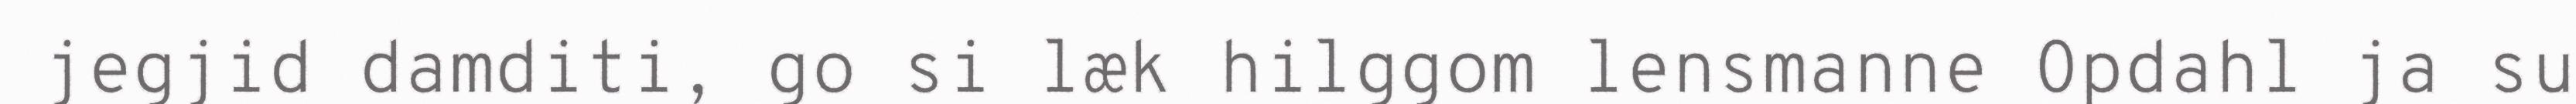
jegjid damditi, go si læk hilggom lensmanne Opdahl ja su